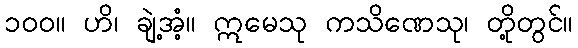
၁၀၀။ ဟိ၊ ချဲ့အံ့။ ဣမေသု ကသိဏေသု၊ တို့တွင်။